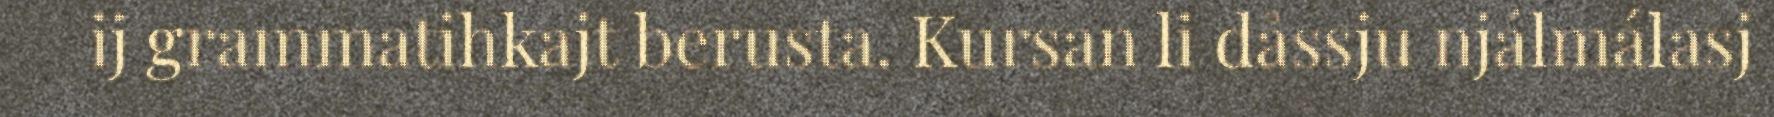
ij grammatihkajt berusta. Kursan li dåssju njálmálasj